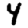
Digit: 4